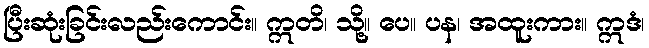
ပြီးဆုံးခြင်းလည်းကောင်း။ ဣတိ၊ သို့။ ပေ။ ပန၊ အထူးကား။ ဣဒံ၊